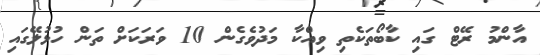
އާންމު ރޭޓް ގައި ކާބޯތަކެތި ވިއްކާ މަދުވެގެން 10 ވަރަކަށް ތަން ހުޅުލޭގައި